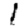
Digit: 1